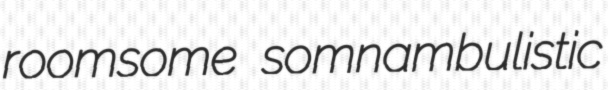
roomsome somnambulistic